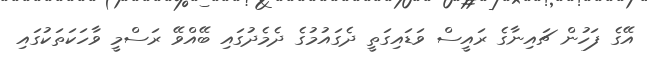
އޭގެ ފަހުން ޗައިނާގެ ރައީސް ވަޑައިގަތީ ދެގައުމުގެ ދެމެދުގައި ބޭއްވޭ ރަސްމީ ވާހަކަތަކުގައި